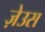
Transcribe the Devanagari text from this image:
ज़ेउस